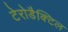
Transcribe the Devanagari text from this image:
टेरोडैक्टिल